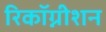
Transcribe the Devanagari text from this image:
रिकॉग्नीशन